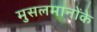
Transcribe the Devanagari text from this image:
मुसलमानोंके